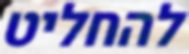
להחליט